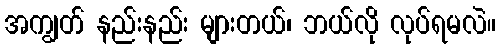
အကျွတ် နည်းနည်း များတယ်၊ ဘယ်လို လုပ်ရမလဲ။